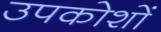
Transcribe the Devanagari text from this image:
उपकोशों